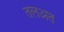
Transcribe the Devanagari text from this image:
तलअत